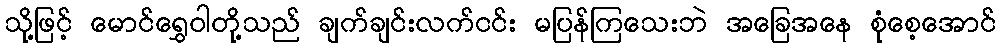
သို့ဖြင့် မောင်ရွှေဝါတို့သည် ချက်ချင်းလက်ငင်း မပြန်ကြသေးဘဲ အခြေအနေ စုံစေ့အောင်